Trukikaitis_Postimees, lk 19
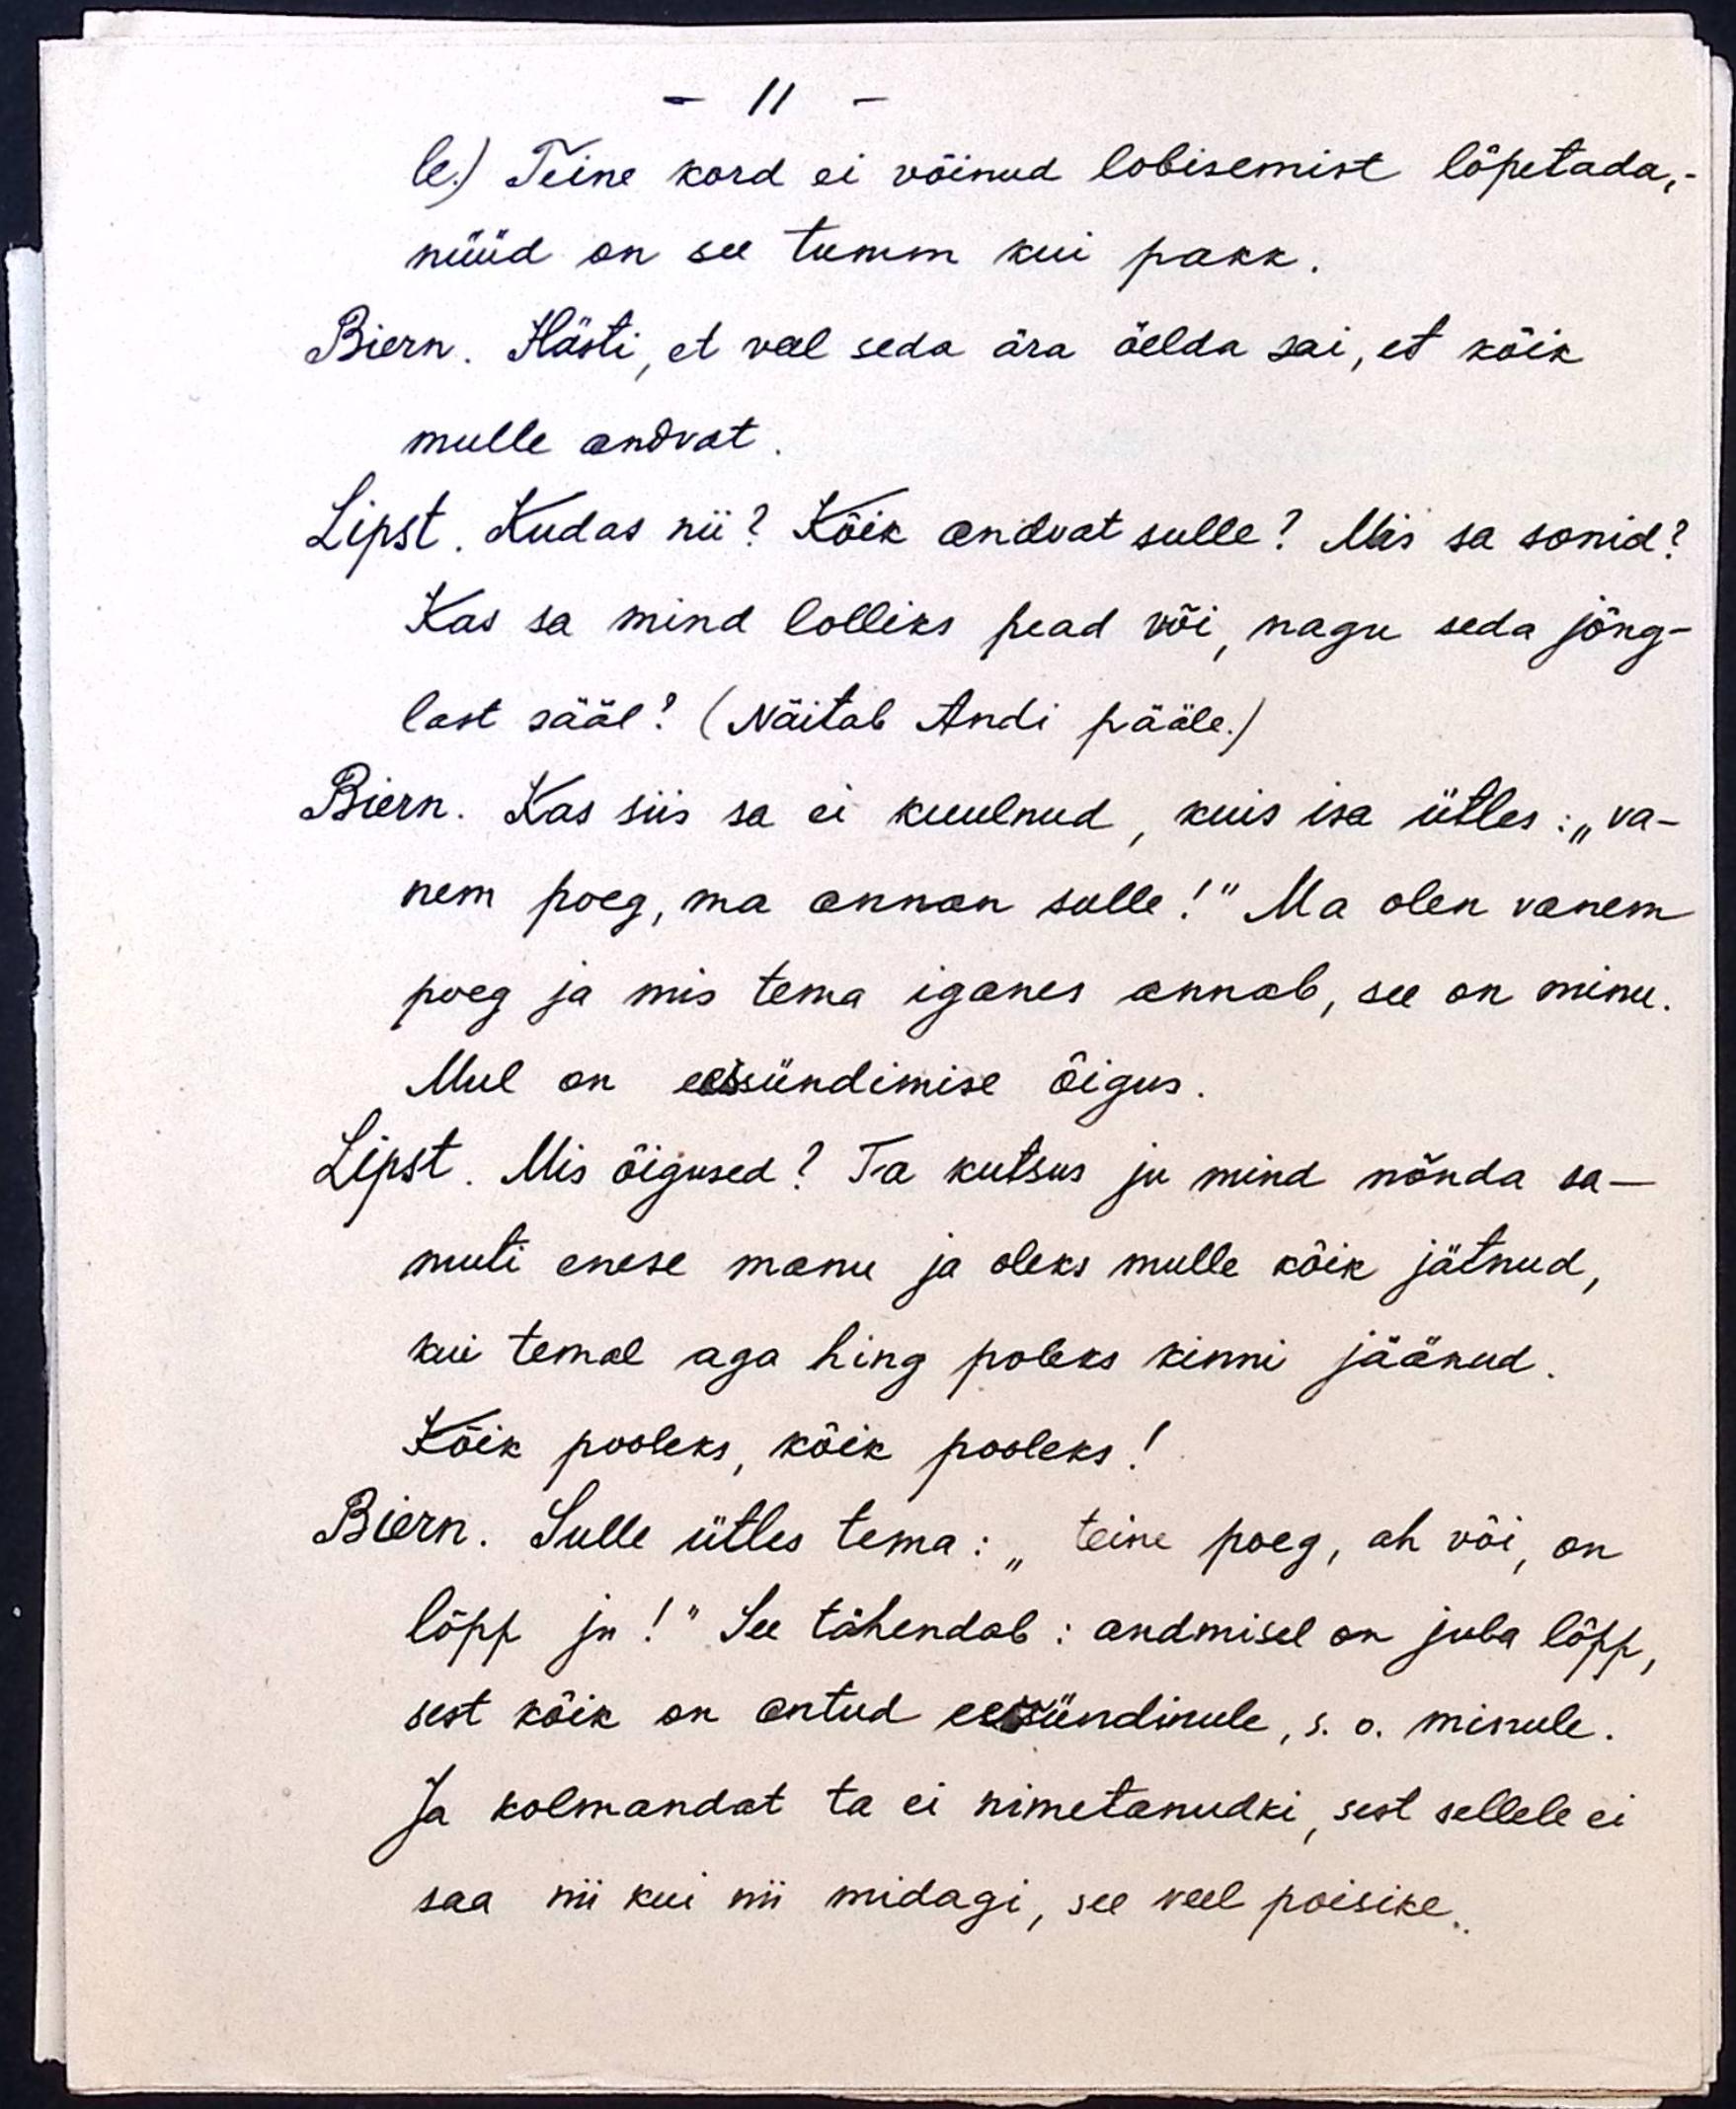
- 11 -
le.) Teine kord ei võinud lobisemist lõpetada, -
nüüd on see tumm kui pakk.
Biern. Hästi, et veel seda ära öelda sai, et kõik
mulle andvat.
Lipst. Kudas nii? Kõik andvat sulle? Mis sa sonid?
Kas sa mind lolliks pead või, nagu seda jõng-
last sääl? (Näitab Andi pääle.)
Biern. Kas siis sa ei kuulnud, kuis isa ütles: "va-
nem poeg, ma annan sulle!" Ma olen vanem
poeg ja mis tema iganes annab, see on minu.
Mul on eessündimise õigus.
Lipst. Mis õigused? Ta kutsus ju mind nõnda sa-
muti enese manu ja oleks mulle kõik jätnud,
kui temal aga hing poleks kinni jäänud.
Kõik pooleks, kõik pooleks!
Biern. Sulle ütles tema: "teine poeg, ah või, on
lõpp ju!“ See tähendab: andmisel on juba lõpp,
sest kõik on antud eessündinule, s.o. minule.
Ja kolmandat ta ei nimetanudki, sest sellele ei
saa nii kui nii midagi, see veel poisike.